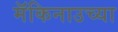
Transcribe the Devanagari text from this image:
मॅकिनाउच्या